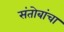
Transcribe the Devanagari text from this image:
संतोबांचा